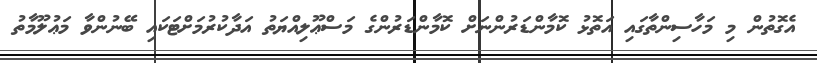
އެގޮތުން މި މަހާސިންތާގައި އަތޮޅު ކޮމާންޑަރުންނަށް ކޮމާންޑަރުންގެ މަސްޢޫލިއްޔަތު އަދާކުރުމަށްޓަކައި ބޭނުންވާ މަޢުލޫމާތު